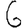
Digit: 6